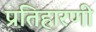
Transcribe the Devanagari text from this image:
प्रतिहारणी